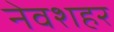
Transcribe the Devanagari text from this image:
नेवशहर